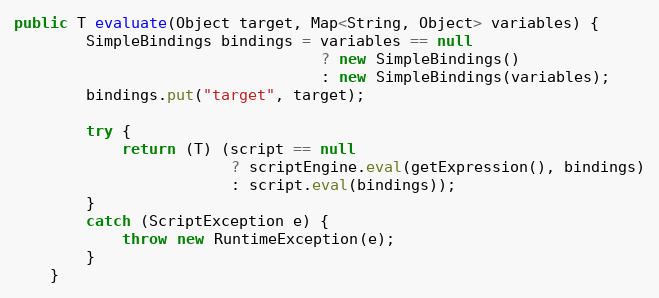
Language: Java
public T evaluate(Object target, Map<String, Object> variables) {
        SimpleBindings bindings = variables == null
                                  ? new SimpleBindings()
                                  : new SimpleBindings(variables);
        bindings.put("target", target);

        try {
            return (T) (script == null
                        ? scriptEngine.eval(getExpression(), bindings)
                        : script.eval(bindings));
        }
        catch (ScriptException e) {
            throw new RuntimeException(e);
        }
    }